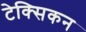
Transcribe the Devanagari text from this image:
टेक्सिकन